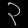
Digit: ၃